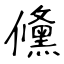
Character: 儵